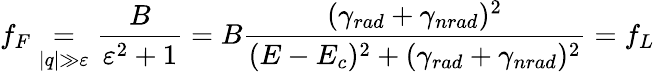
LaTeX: f_{F}\underset{|q|\gg\varepsilon}=\frac{B}{\varepsilon^{2}+1}=B\frac{(\gamma_{rad}+\gamma_{nrad})^{2}}{(E-E_{c})^{2}+(\gamma_{rad}+\gamma_{nrad})^{2}}=f_{L}